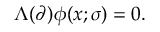
\Lambda ( \partial ) \phi ( x ; \sigma ) = 0 .